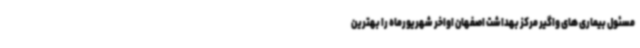
مسئول بیماری های واگیر مرکز بهداشت اصفهان اواخر شهریورماه را بهترین